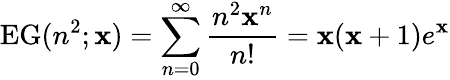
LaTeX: \operatorname{EG}(n^{2};\mathbf{x})=\sum_{n=0}^{\infty}{\frac{{n^{2}\mathbf{x}^{n}}}{{n!}}}=\mathbf{x}(\mathbf{x}+1)e^{\mathbf{x}}